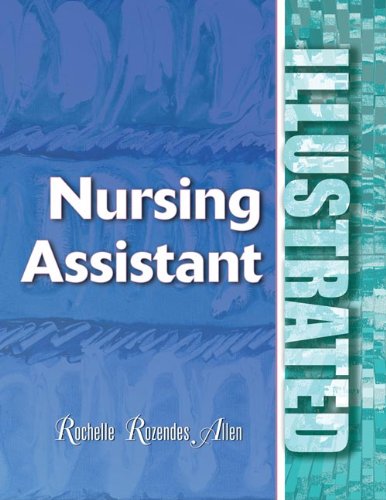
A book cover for Nursing Assistant Illustrated: Spanish Edition; Cengage Learning Delmar; Medical Books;